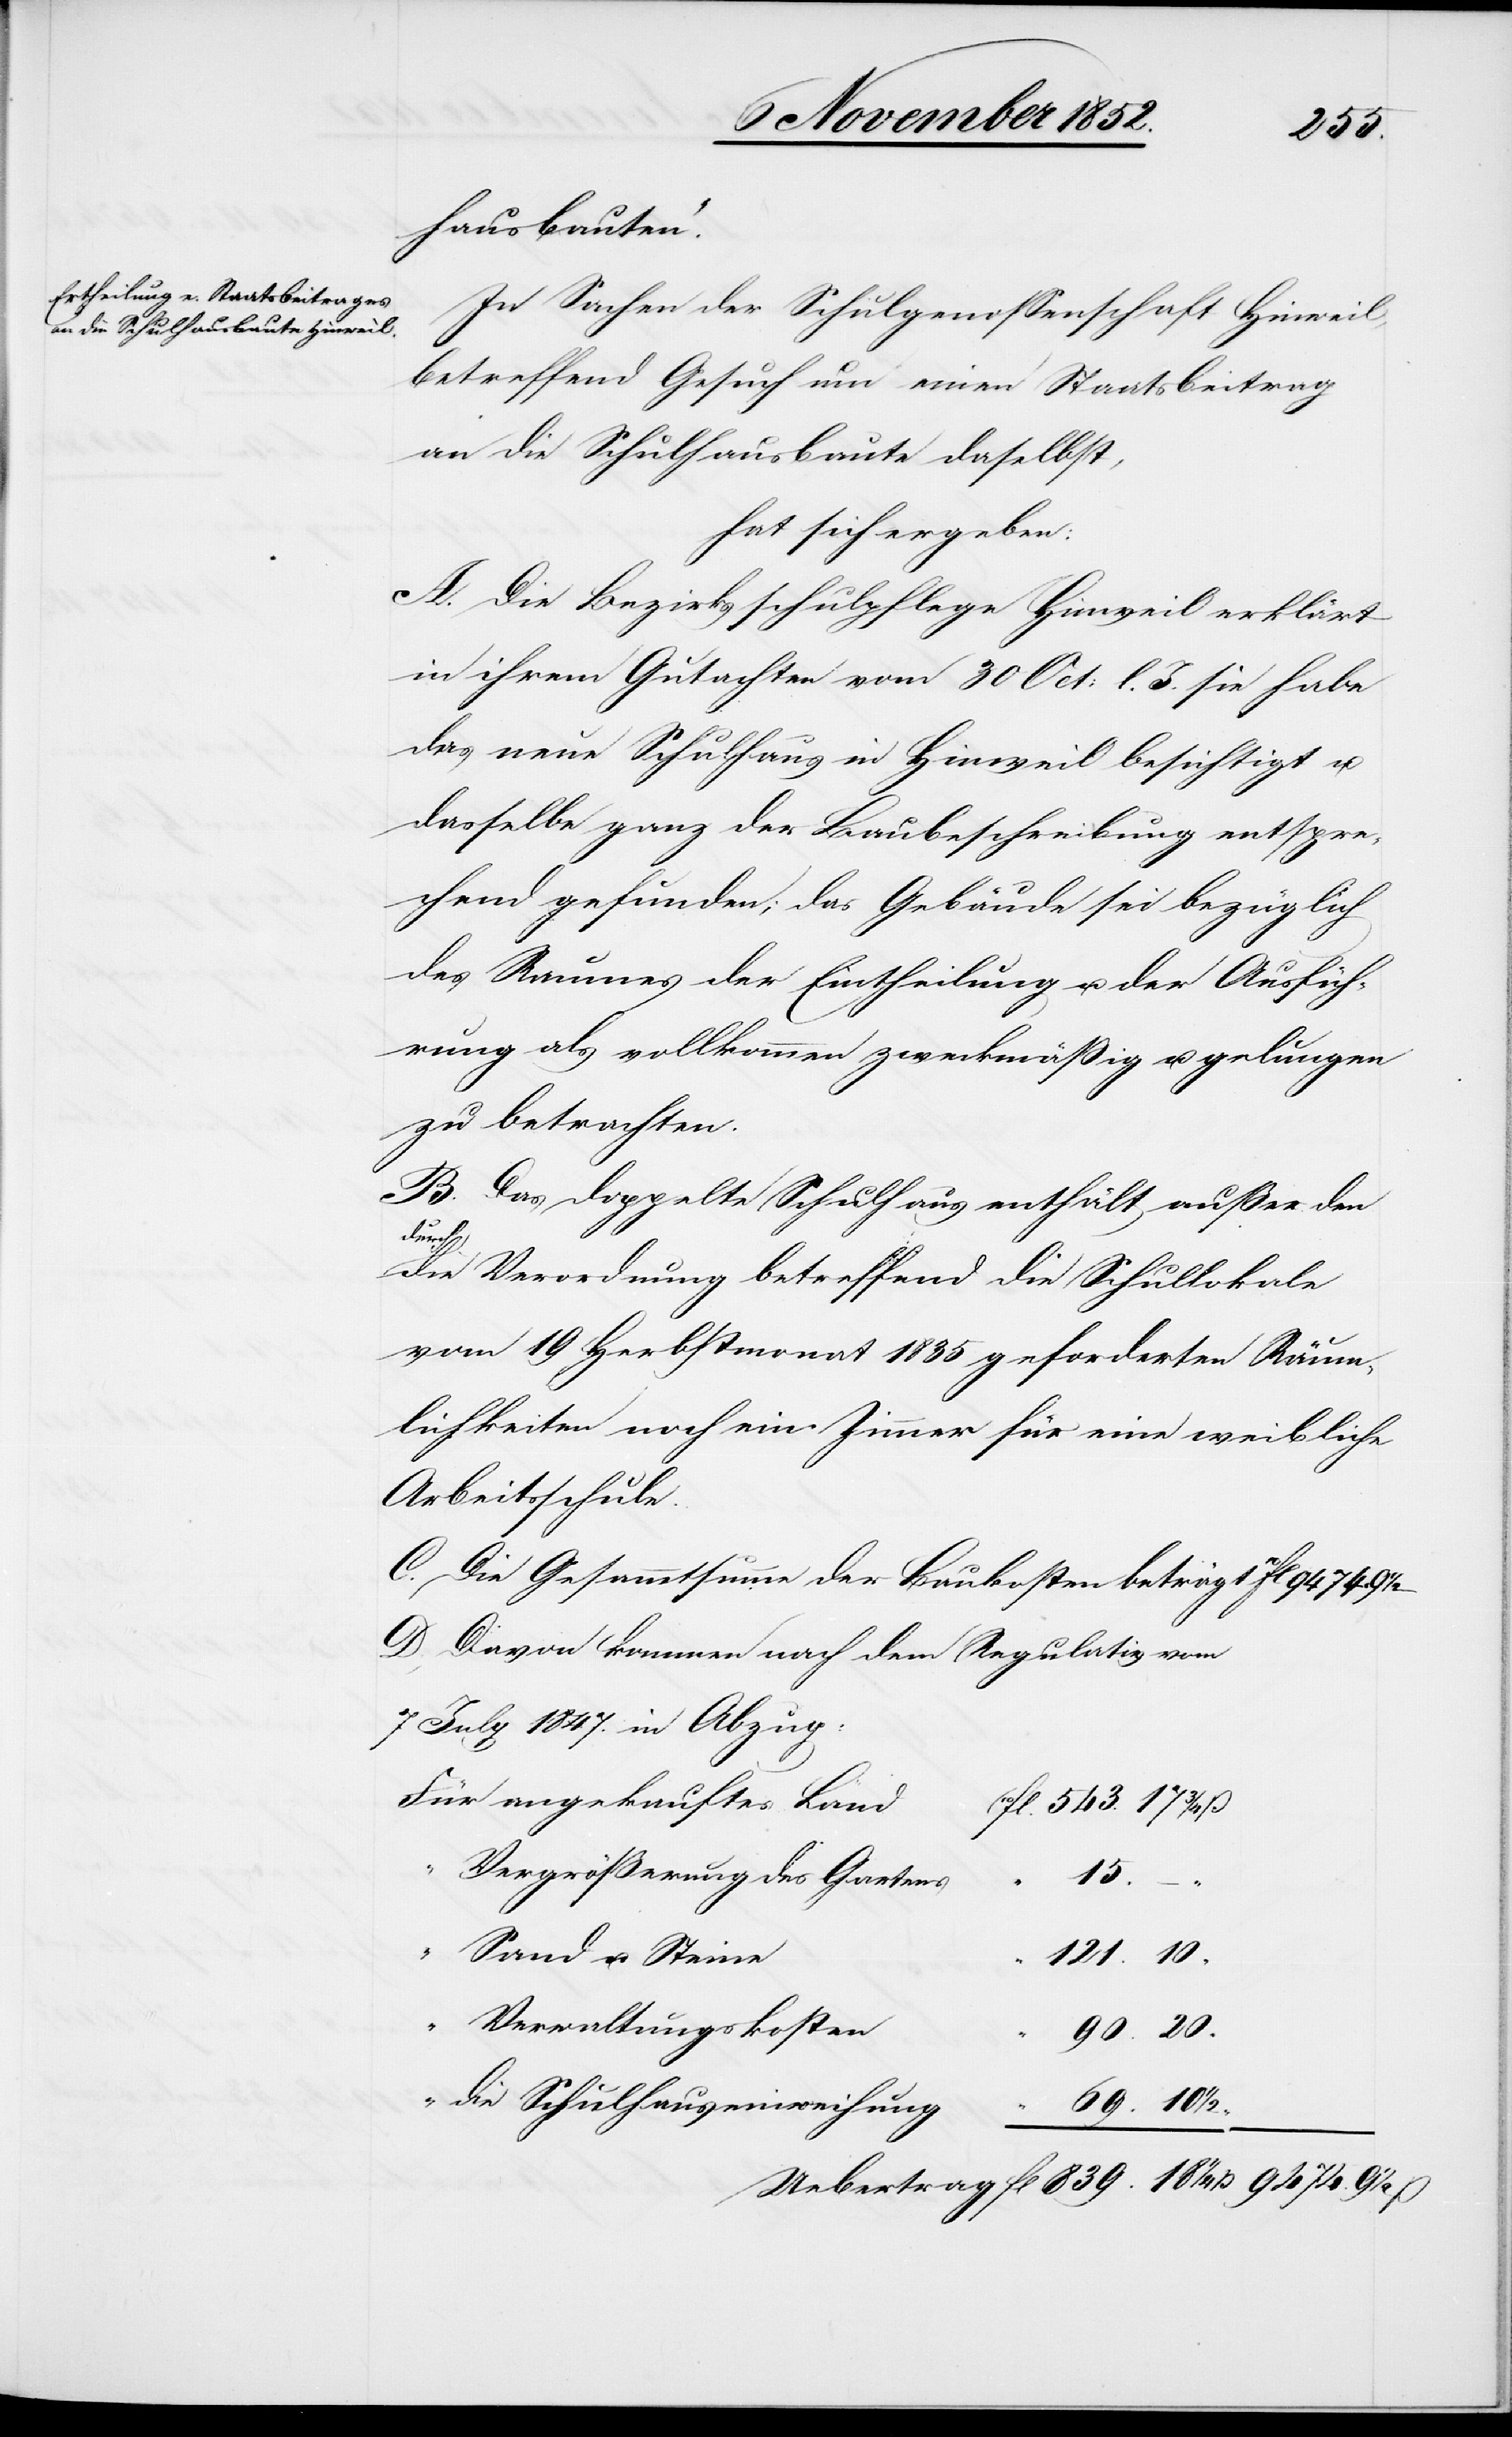
hausbauten.“
In Sachen der Schulgenossenschaft Hinweil,
betreffend Gesuch um einen Staatsbeitrag
an die Schulhausbaute daselbst,
hat sich ergeben:
A. Die Bezirksschulpflege Hinweil erklärt
in ihrem Gutachten vom 30 Oct: l. J. sie habe
das neue Schulhaus in Hinweil besichtigt u.
dasselbe ganz der Baubeschreibung entspre¬
chend gefunden; das Gebäude sei bezüglich
des Raumes[,] der Eintheilung u. der Ausfüh¬
rung als vollkommen zweckmäßig u. gelungen
zu betrachten.
B. Das doppelte Schulhaus enthält außer den
durch
die Verordnung betreffend die Schullokale
vom 19 Herbstmonat 1835 geforderten Räum¬
lichkeiten noch ein Zimmer für eine weibliche
Arbeitsschule.
C. Die Gesammtsumme der Baukosten beträgt
D. Davon kommen nach dem Regulativ vom
7 July 1847. in Abzug:
Für angekauftes Land
(10fl. 543. 17 3/4 ß
Vergrößerung des Gartens
15.
121. 10
Sand u. Steine
“ Verwaltungskosten
90. 20
“ die Schulhauseinweihung
9 1/2